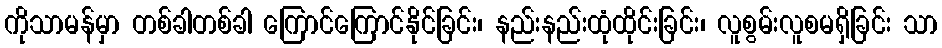
ကိုသာမန်မှာ တစ်ခါတစ်ခါ ကြောင်ကြောင်နိုင်ခြင်း၊ နည်းနည်းထုံထိုင်းခြင်း၊ လူစွမ်းလူစမရှိခြင်း သာ